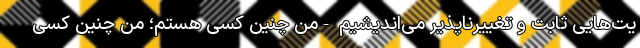
یت‌هایی ثابت و تغییرناپذیر می‌اندیشیم -من چنین کسی هستم؛ من چنین کسی